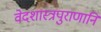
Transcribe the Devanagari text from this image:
वेदशास्त्रपुराणानि